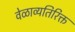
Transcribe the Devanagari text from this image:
वेळाव्यतिरिक्त